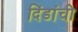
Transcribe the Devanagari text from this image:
दिंडांची